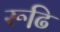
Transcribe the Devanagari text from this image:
रूढि़